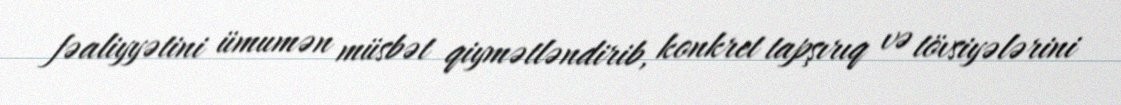
fəaliyyətini ümumən müsbət qiymətləndirib, konkret tapşırıq və tövsiyələrini